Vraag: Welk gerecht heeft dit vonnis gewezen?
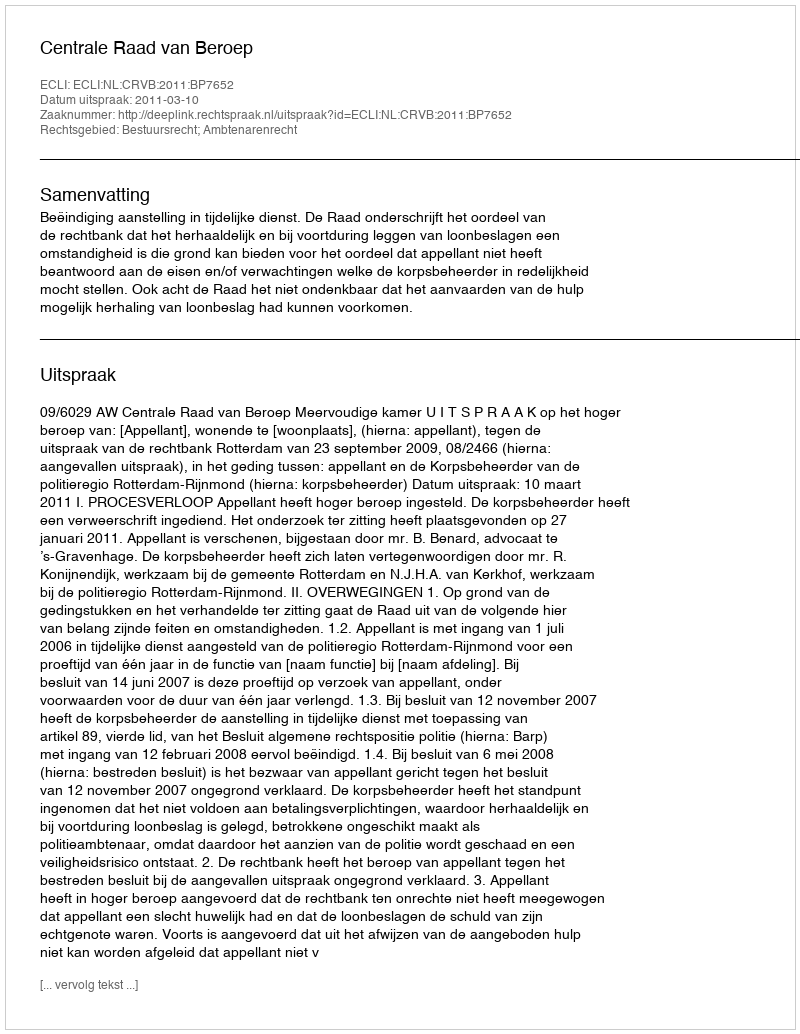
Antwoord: Centrale Raad van Beroep